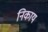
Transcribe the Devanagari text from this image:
निकाय